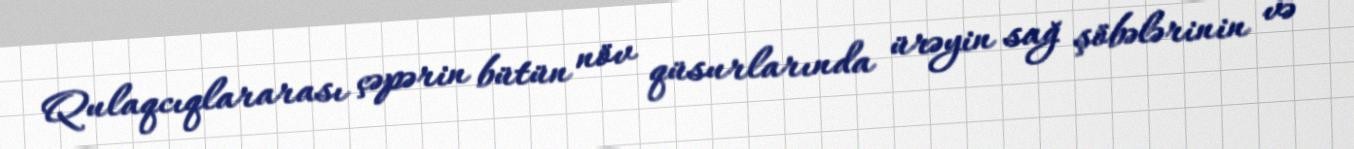
Qulaqcıqlararası çəpərin bütün növ qüsurlarında ürəyin sağ şöbələrinin və